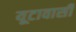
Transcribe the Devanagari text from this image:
यूटावासी